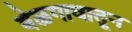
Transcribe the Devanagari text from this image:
बेळगावातून